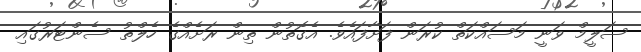
ސަލީމް ވަނީ މަސައްކަތް ކުރަން ފަށާފައެވެ. އެގޮތުން ތިން ރަށެއްގެ ހެލްތު ސެންޓަރުގައި